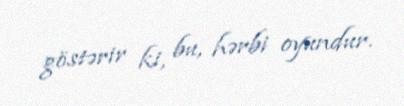
göstərir ki, bu, hərbi oyundur.